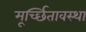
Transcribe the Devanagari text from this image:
मूर्च्छितावस्था